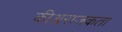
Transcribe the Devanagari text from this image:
कीअराजकता